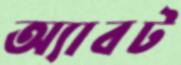
অ্যাবট